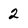
Character: 2